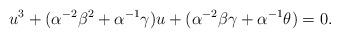
LaTeX: \begin{align*}u^{3} + (\alpha^{-2}\beta^{2}+\alpha^{-1}\gamma)u + (\alpha^{-2}\beta\gamma+\alpha^{-1}\theta)=0.\end{align*}